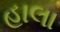
હાલા